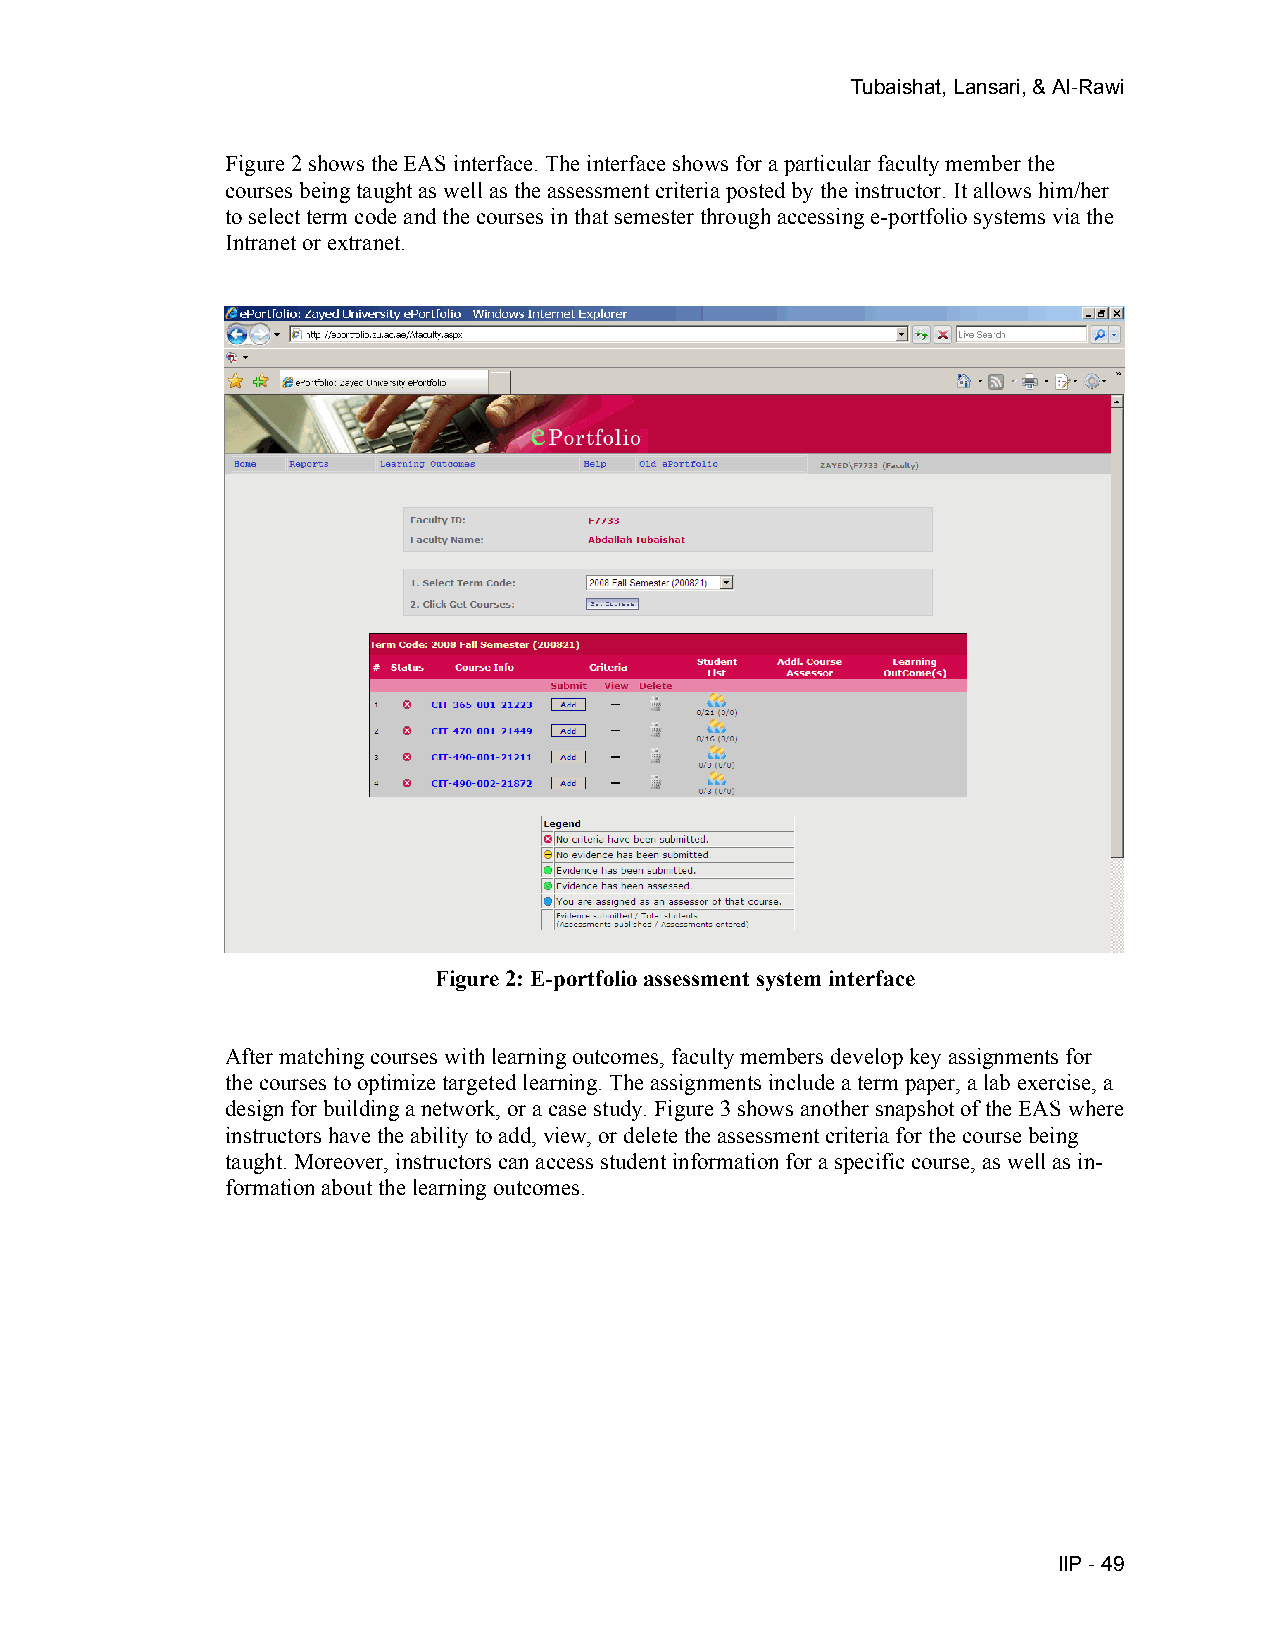
Tubaishat, Lansari, & Al-Rawi
 Figure 2 shows the EAS interface. The interface shows for a particular faculty member the
 courses being taught as well as the assessment criteria posted by the instructor. It allows him/her
 to select term code and the courses in that semester through accessing e-portfolio systems via the
 Intranet or extranet.
 Figure 2: E-portfolio assessment system interface
 After matching courses with learning outcomes, faculty members develop key assignments for
 the courses to optimize targeted learning. The assignments include a term paper, a lab exercise, a
 design for building a network, or a case study. Figure 3 shows another snapshot of the EAS where
 instructors have the ability to add, view, or delete the assessment criteria for the course being
 taught. Moreover, instructors can access student information for a specific course, as well as in-
 formation about the learning outcomes.
 IIP - 49